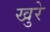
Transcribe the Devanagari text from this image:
खुरे